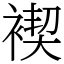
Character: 褉